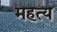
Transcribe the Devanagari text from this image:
महत्य